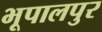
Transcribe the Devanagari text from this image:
भूपालपुर